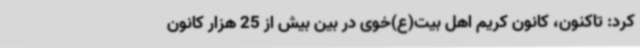
کرد: تاکنون، کانون کریم اهل بیت(ع)خوی در بین بیش از 25 هزار کانون